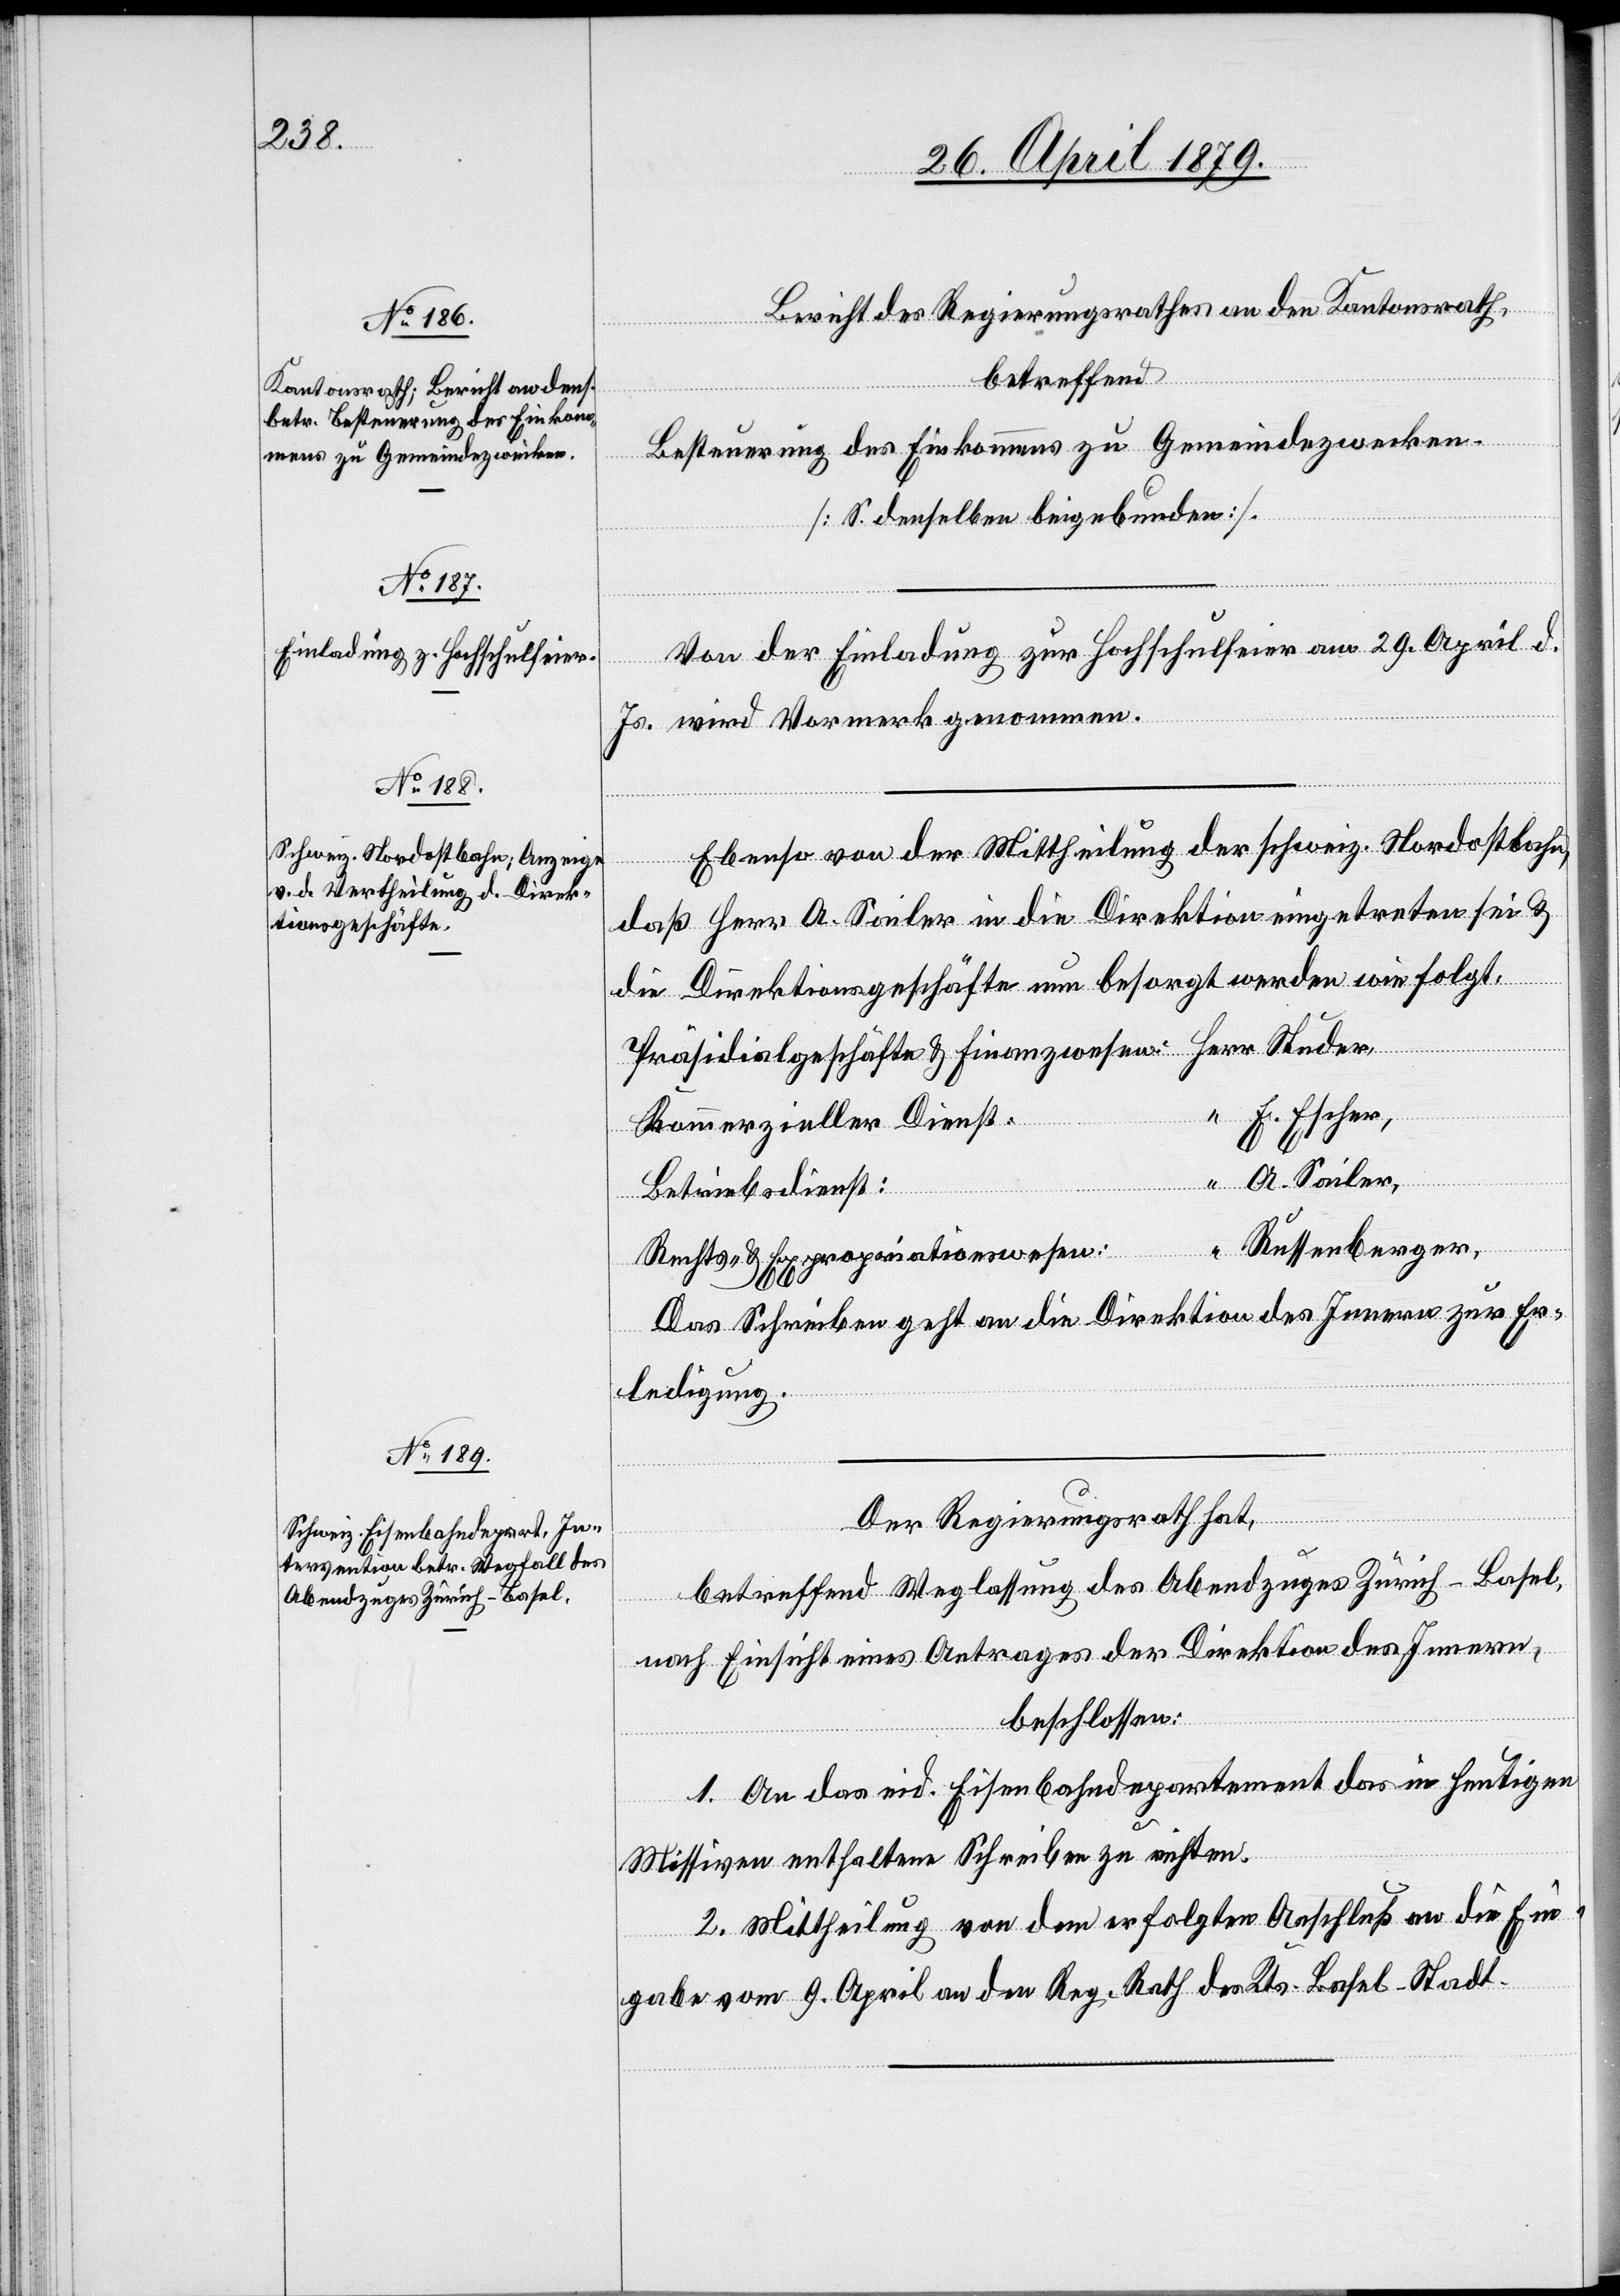
dialgeschäfte

A.
Bericht des Regierungsrathes an den Kantonsrath,
betreffend
Besteuerung des Einkommens zu Gemeindezwecken.
[S. denselben beigebunden].
Von der Einladung zur Hochschulfeier am 29. April d.
Sailer,
Js. wird Vormerk genommen.
Ebenso von der Mittheilung der schweiz. Nordostbahn,
daß Herr A. Sailer in die Direktion eingetreten sei &
die Direktionsgeschäfte nun besorgt werden wie folgt:
E. Escher,
Kommerzieller Dienst:
Betriebsdienst:
Russenberger,
Herr
Rechts- & Expropriationswesen:
Das Schreiben geht an die Direktion des Innern zur Er¬
ledigung.
Der Regierungsrath hat,
“
betreffend Weglassung des Abendzuges Zürich–Basel,
nach Einsicht eines Antrages der Direktion des Innern,
beschlossen:
1. An das eid. Eisenbahndepartement das in heutigen
Missiven enthaltene Schreiben zu richten.
2. Mittheilung von dem erfolgten Anschluß an die Ein¬
gabe vom 9. April an den Reg. Rath des Kts. Basel-Stadt.